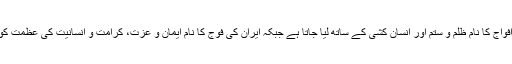
حسن روحانی نے کہا: بعض ممالک کی افواج کا نام ظلم و ستم اور انسان کشی کے ساتھ لیا جاتا ہے جبکہ ایران کی فوج کا نام ایمان و عزت، کرامت و انسانیت کی عظمت کو دوبالا کرنے کے ہمراہ یاد کیا جاتا ہے۔